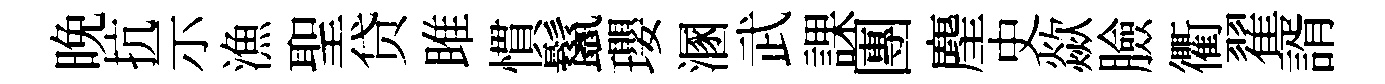
晚抗示漁聖贷雎慣鬣瓔溷武課團麈史歘臉衢翟諝